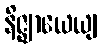
နိဇ္ဈာယေယျ